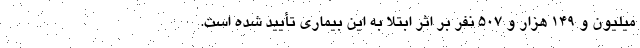
میلیون و ۱۴۹ هزار و ۵۰۷ نفر بر اثر ابتلا به این بیماری تأیید شده است.